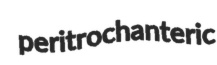
peritrochanteric